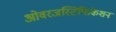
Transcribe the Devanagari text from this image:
ओवरजस्टिफिकेशन